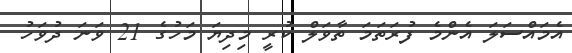
އެމައްސަލަ އެންމެ ފުރަތަމަ ތާވަލް ކުރީ މިދިޔަ މަހުގެ 21 ވަނަ ދުވަހު